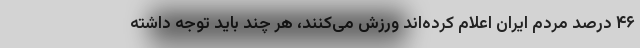
۴۶ درصد مردم ایران اعلام کرده‌اند ورزش می‌کنند، هر چند باید توجه داشته